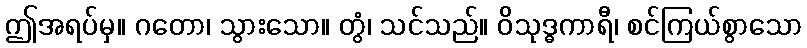
ဤအရပ်မှ။ ဂတော၊ သွားသော။ တွံ၊ သင်သည်။ ဝိသုဒ္ဓကာရီ၊ စင်ကြယ်စွာသော